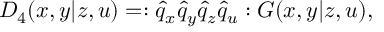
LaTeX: D _ { 4 } ( x , y | z , u ) = : \hat { q } _ { x } \hat { q } _ { y } \hat { q } _ { z } \hat { q } _ { u } : G ( x , y | z , u ) ,